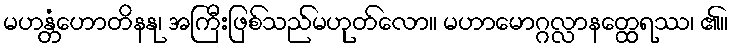
မဟန္တံဟောတိနနု၊ အကြီးဖြစ်သည်မဟုတ်လော။ မဟာမောဂ္ဂလ္လာနတ္ထေရဿ၊ ၏။